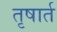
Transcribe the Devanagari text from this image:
तृषार्त